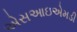
એસઆઇએમડી